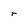
Character: r